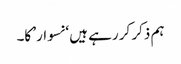
ہم ذکر کر رہے ہیں ‘نسوار’ کا۔